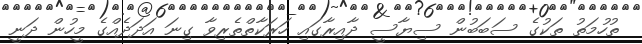
ތުހުމަތު ތަކުގެ ސަބަބުން ސިޔާސީ ދާއިރާގައި ހަރަކާތްތެރިވާ ގިނަ އަދަދެއްގެ މީހުން ދަނީ